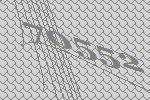
70552